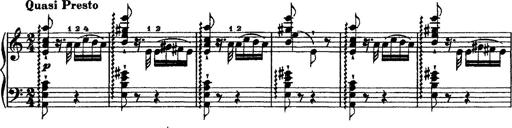
Title: Grandes Ã©tudes de Paganini
Composer: Franz Liszt